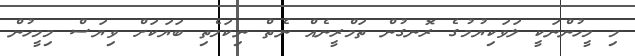
މި މީހުންނަކީ ލަވަކިޔުމުގެ ރޮނގުން ތަމްރީނެއް ނެތް ނިކަމެތި ބަޔަކަށް ވިޔަސް މިމީހުން